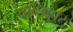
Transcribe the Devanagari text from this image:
पाच्छापूर